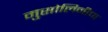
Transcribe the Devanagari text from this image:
मुसोलिनीचा